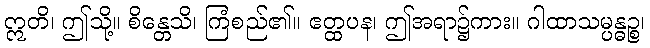
ဣတိ၊ ဤသို့။ စိန္တေသိ၊ ကြံစည်၏။ ဧတ္ထပန၊ ဤအရာ၌ကား။ ဂါထာသမ္ပန္ဓဉ္စ၊